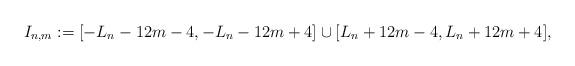
LaTeX: \begin{align*}I_{n,m}: =[-L_n - 12 m - 4, -L_n -12 m+4] \cup [L_n + 12 m - 4, L_n + 12 m+4],\end{align*}